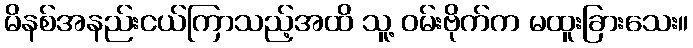
မိနစ်အနည်းငယ်ကြာသည့်အထိ သူ့ ဝမ်းဗိုက်က မထူးခြားသေး။